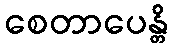
စေတာပေန္တိ